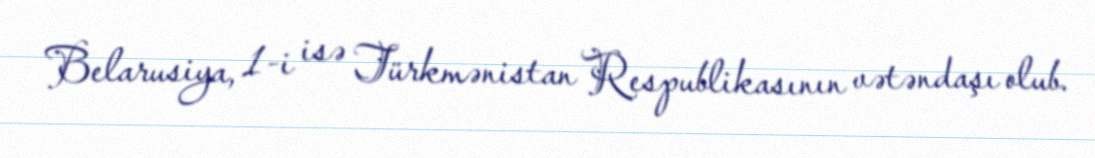
Belarusiya, 1-i isə Türkmənistan Respublikasının vətəndaşı olub.